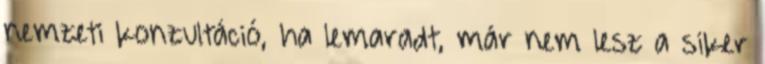
nemzeti konzultáció, ha lemaradt, már nem lesz a siker